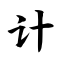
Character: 计